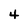
Character: 4